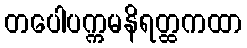
တပေါပက္ကမနိရတ္ထကထာ